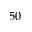
5 0